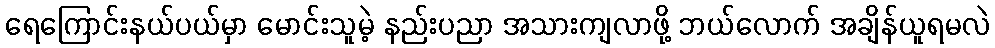
ရေကြောင်းနယ်ပယ်မှာ မောင်းသူမဲ့ နည်းပညာ အသားကျလာဖို့ ဘယ်လောက် အချိန်ယူရမလဲ